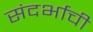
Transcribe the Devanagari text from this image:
संदर्भाची